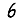
Digit: 6